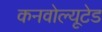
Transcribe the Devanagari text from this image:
कनवोल्यूटेड